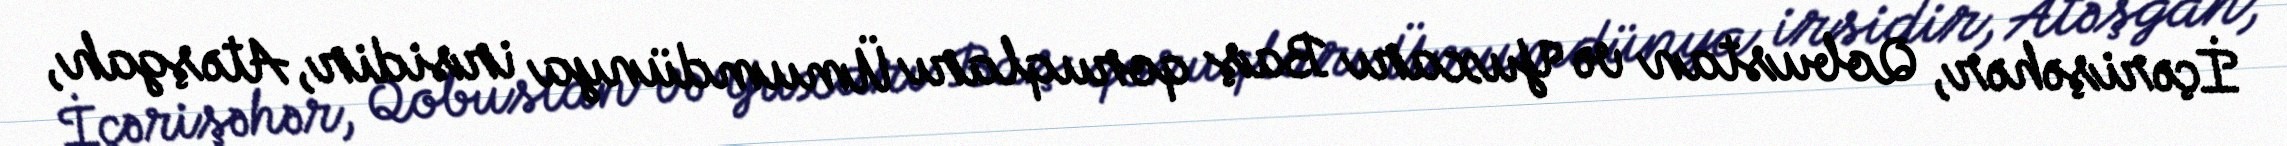
İçərişəhər, Qobustan və Yuxarı Baş qoruqları Ümumdünya irsidir, Atəşgah,